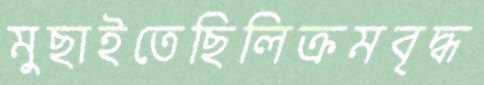
মুছাইতেছিলিক্রমবৃদ্ধ